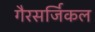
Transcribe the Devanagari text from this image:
गैरसर्जिकल